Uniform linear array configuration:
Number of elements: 32
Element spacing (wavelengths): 0.75
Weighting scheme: hamming
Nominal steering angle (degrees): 45
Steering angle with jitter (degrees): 43.208
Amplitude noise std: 0.05
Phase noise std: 0.05

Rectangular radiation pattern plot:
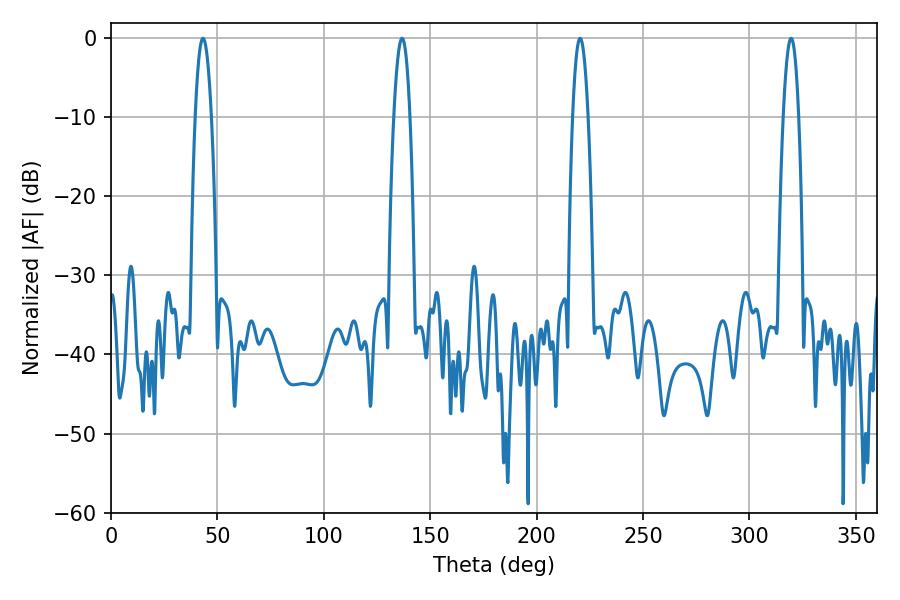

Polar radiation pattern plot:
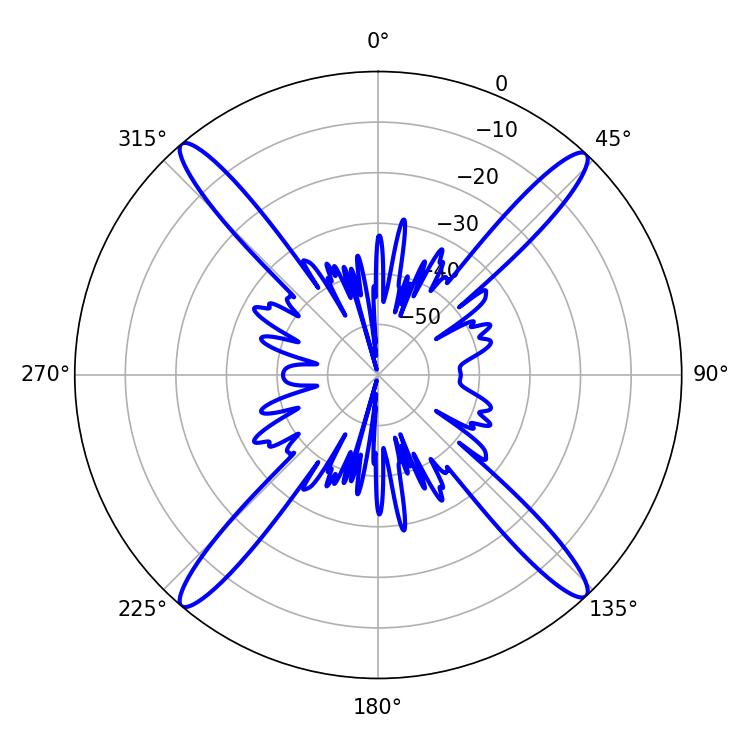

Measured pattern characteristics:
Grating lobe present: TRUE
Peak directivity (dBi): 22.926
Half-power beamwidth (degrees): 4.14
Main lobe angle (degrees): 43.2